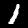
Digit: 1